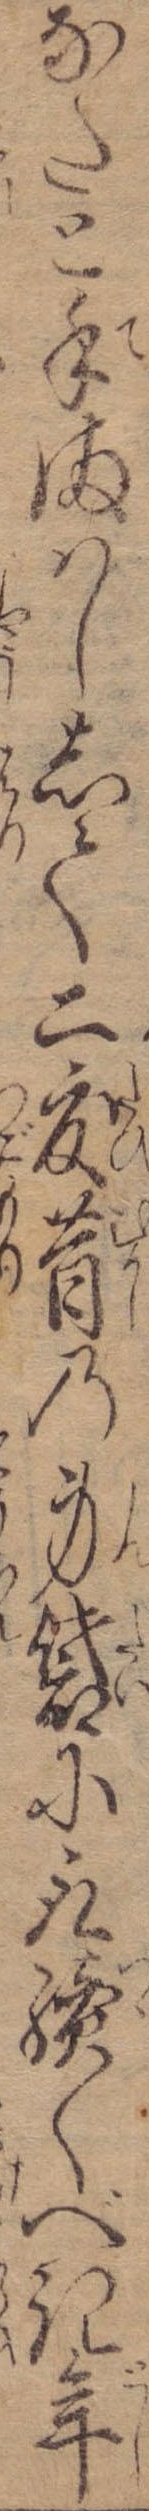
なたと手まはしして二度昔の身袋に取続くべき年